Civil Veterinary Department Bihar & Orissa reports 1929-36 - 1929-1936
Year: 1929
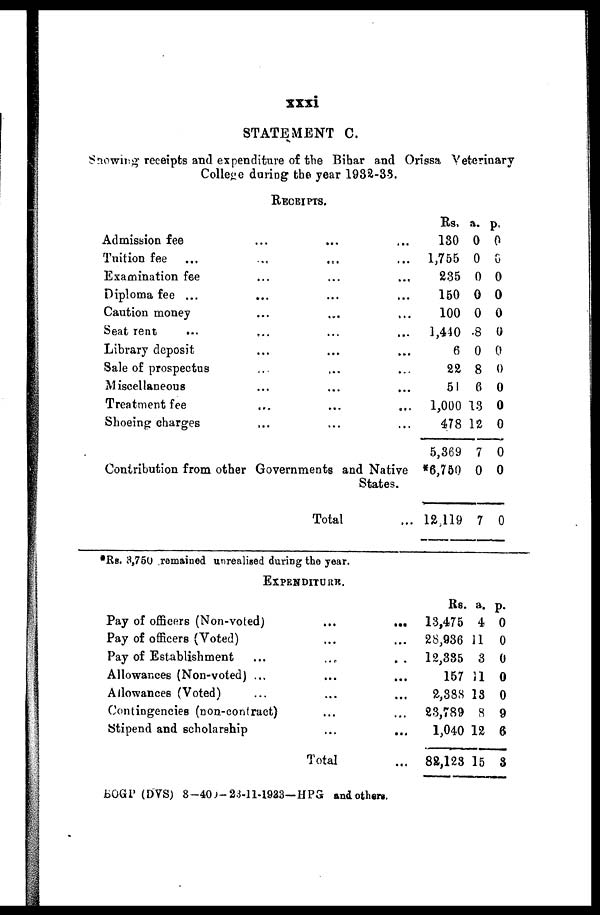
xxxi
STATEMENT C.
Showing receipts and expenditure of the Bihar and Orissa Veterinary
College during the year 1932-33.
RECEIPTS.
Admission fee ... ... ...
Tuition fee ... ... ... ...
Examination fee ... ... ...
Diploma fee ... ... ... ...
Caution money ... ... ...
Seat rent ... ... ... ...
Library deposit ... ... ...
Sale of prospectus ... ... ...
Miscellaneous ... ... ...
Treatment fee ... ... ...
Shoeing charges ... ... ...
Contribution from other Governments and Native
States.
Total ...
Rs. a. p.
130 0 0
1,755 0 0
285 0 0
150 0 0
100 0 0
1,440 8 0
6 0 0
22 8 0
51 6 0
1,000 18 0
478 12 0
5,369 7 0
*6,750 0 0
12,119 7 0
*Rs. 3,750 remained unrealised during the year.
EXPENDITURE.
Pay of officers (Non-voted) ... ...
Pay of officers (Voted) ... ...
Pay of Establishment ... ... ...
Allowances (Non-voted) ... ... ...
Allowances (Voted) ... ... ...
Contingencies (non-contract) ... ...
Stipend and scholarship ... ...
Total ...
Rs. a. p.
13,475 4 0
28,936 11 0
12,335 8 0
157 41 0
2,388 13 0
23,789 8 9
1,040 12 6
82,128 15 3
BOGP (DVS) 8-400-23-11-1933-HPG and others.